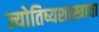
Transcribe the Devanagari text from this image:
ज्योतिष्यशास्त्राचा